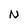
Character: N